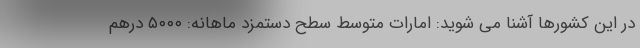
در این کشورها آشنا می شوید: امارات متوسط سطح دستمزد ماهانه: ۵۰۰۰ درهم